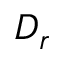
D _ { r }